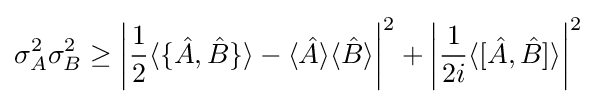
\sigma _{A}^{2}\sigma _{B}^{2}\geq \left|{\frac {1}{2}}\langle \{{\hat {A}},{\hat {B}}\}\rangle -\langle {\hat {A}}\rangle \langle {\hat {B}}\rangle \right|^{2}+\left|{\frac {1}{2i}}\langle [{\hat {A}},{\hat {B}}]\rangle \right|^{2}